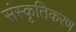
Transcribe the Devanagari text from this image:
संस्‍कृतिकरण